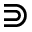
\Supset